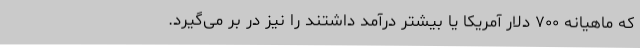
که ماهیانه ۷۰۰ دلار آمریکا یا بیشتر درآمد داشتند را نیز در بر می‌گیرد.